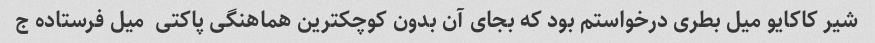
شیر کاکایو میل بطری درخواستم بود که بجای آن بدون کوچکترین هماهنگی پاکتی  میل فرستاده ج